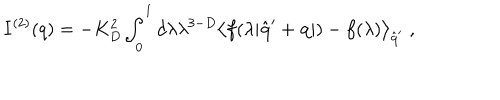
I ^ { ( 2 ) } ( q ) = - K _ { D } ^ { 2 } \int _ { 0 } ^ { 1 } d \lambda \lambda ^ { 3 - D } \left\langle f ( \lambda | \hat { \bf { q } } ^ { \prime } + { \bf { q } } | ) - f ( \lambda ) \right\rangle _ { \hat { \bf { q } } ^ { \prime } } \; ,